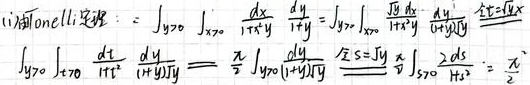
\[
\begin{align*}
&\text{(ii) 利用O - L公式}:=\int_{y = 0}\int_{x = 0}\frac{dx}{1 + x^{y}}\frac{dy}{1 + y}=\int_{y = 0}\int_{x = 0}\frac{\frac{dx}{1 + x^{y}}}{1 + y}dy\overset{t=x^{y}}{\xlongequal{\;\;}}\\
&\int_{y = 0}\int_{t = 0}\frac{dt}{1 + t^{y}}\frac{dy}{(1 + y)y}=\frac{\pi}{2}\int_{y = 0}\frac{dy}{(1 + y)y}\overset{s = \sqrt{y}}{\xlongequal{\;\;}}\frac{\pi}{2}\int_{s = 0}\frac{2ds}{s^{2}}=\frac{\pi}{2}
\end{align*}
\]